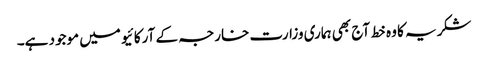
شکریہ کا وہ خط آج بھی ہماری وزارت خارجہ کے آرکائیو میں موجود ہے۔